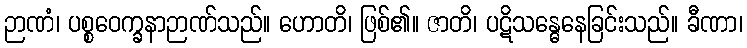
ဉာဏံ၊ ပစ္စဝေက္ခနာဉာဏ်သည်။ ဟောတိ၊ ဖြစ်၏။ ဇာတိ၊ ပဋိသန္ဓေနေခြင်းသည်။ ခီဏာ၊